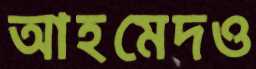
আহমেদও